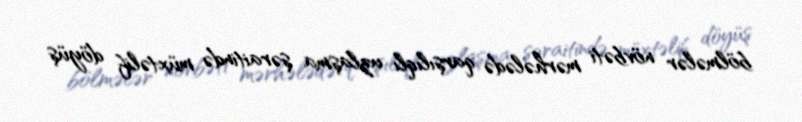
bölmələr növbəti mərhələdə qarşılıqlı uzlaşma şəraitində müxtəlif döyüş